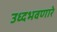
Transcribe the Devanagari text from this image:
उध्दभवणारे